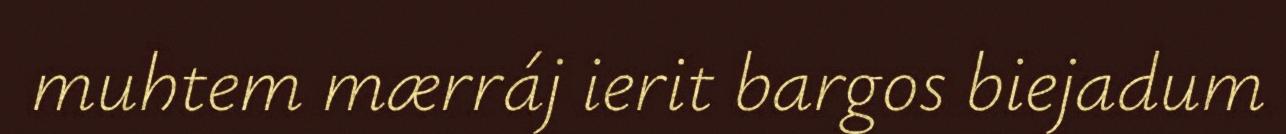
muhtem mærráj ierit bargos biejadum